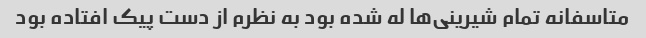
متاسفانه تمام شیرینی‌ها له شده بود به نظرم از دست پیک افتاده بود